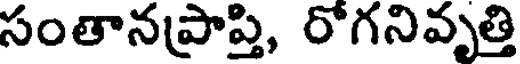
సంతానప్రాప్తి, రోగనివృత్తి